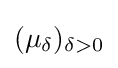
(\mu _{\delta })_{\delta >0}